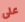
على